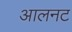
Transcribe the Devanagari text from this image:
आलनट